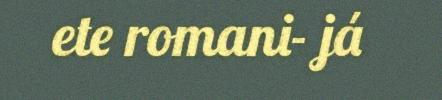
ete romani- já